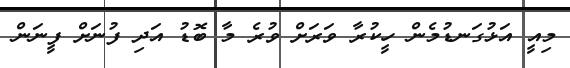
މިއީ އަޅުގަނޑުމެން ހީކުރާ ވަރަށް ވުރެ މާ ބޮޑު އަދި ފުނަށް ފީނަން